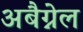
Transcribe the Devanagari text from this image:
अबैग्नेल